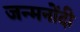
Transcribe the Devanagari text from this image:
जन्मनोंदी